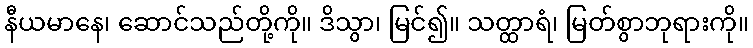
နီယမာနေ၊ ဆောင်သည်တို့ကို။ ဒိသွာ၊ မြင်၍။ သတ္ထာရံ၊ မြတ်စွာဘုရားကို။